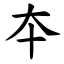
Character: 夲